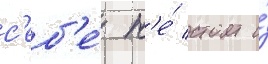
с'еб'е́ н'е́ стоит и́